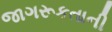
જાગરૂકતાની